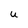
Character: U